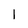
Character: 1